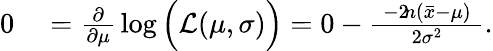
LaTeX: \begin{array}{rl}{0}&{{}={\frac{\partial}{\partial\mu}}\log{\Big(}{\mathcal{L}}(\mu,\sigma){\Big)}=0-{\frac{\; -2\! n({\bar{x}}-\mu)\; }{2\sigma^{2}}}.}\end{array}